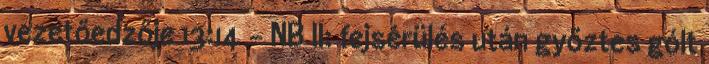
vezetőedzője 13:14 - NB II: fejsérülés után győztes gólt